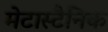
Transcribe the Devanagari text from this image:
मेटास्टैनिक